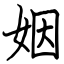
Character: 姻